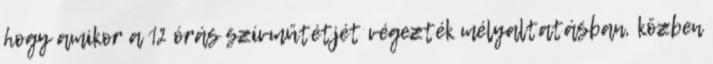
hogy amikor a 12 órás szívműtétjét végezték mélyaltatásban, közben